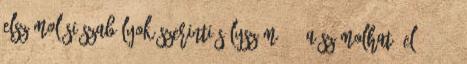
elszámolási szabályok szerinti súlyszám 50%-a számolható el. 24 24